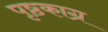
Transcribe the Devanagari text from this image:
पृष्ठकाग्र